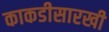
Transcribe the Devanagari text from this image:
काकडीसारखी